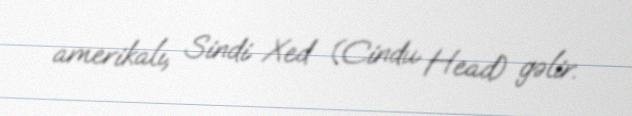
amerikalı, Sindi Xed (Cindu Head) gəlir.